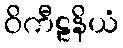
ဝိကီဠနိယံ